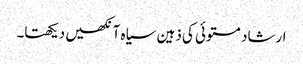
ارشاد مستوئی کی ذہین سیاہ آنکھیں دیکھتا۔